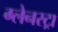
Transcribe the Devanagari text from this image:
ग्लेनस्ट्रा